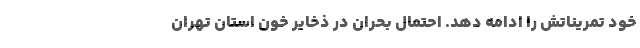
خود تمریناتش را ادامه دهد. احتمال بحران در ذخایر خون استان تهران